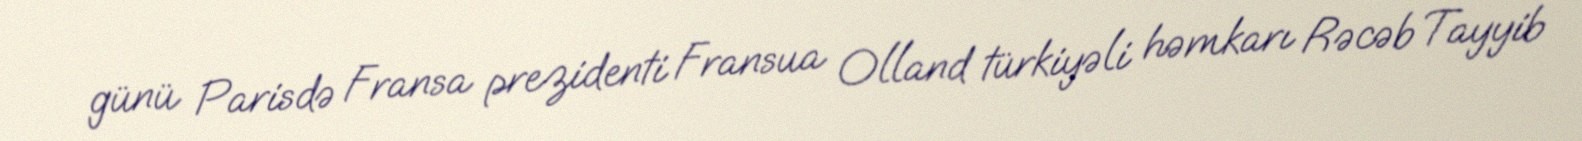
günü Parisdə Fransa prezidenti Fransua Olland türkiyəli həmkarı Rəcəb Tayyib